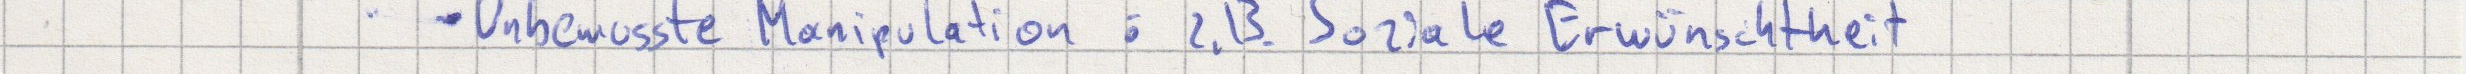
- Unbewusste Manipulation : z.B Soziale Erwünschtheit